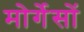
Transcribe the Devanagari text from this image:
मोर्गेसों